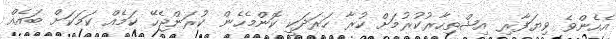
އެހެންވެ ވިޔަފާރި އިޝްތިހާރުކުރުމަށް ކުރާ ހަރަދަކީ ކޮންމެހެން ކުރަންޖެހޭ ކަމެއް ކަމަކަށް ބައެއް